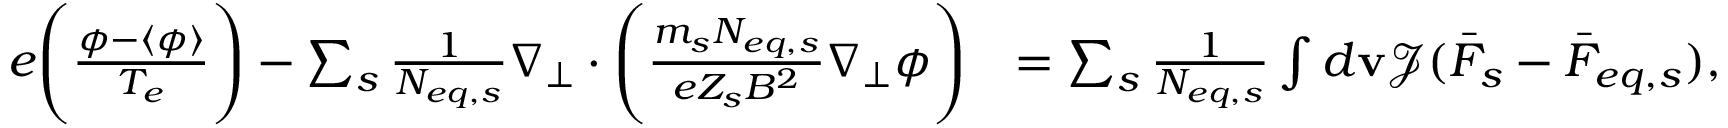
\begin{array} { r l } { e \Bigg ( \frac { \phi - \langle \phi \rangle } { T _ { e } } \Bigg ) - \sum _ { s } \frac { 1 } { N _ { e q , s } } \nabla _ { \perp } \cdot \Bigg ( \frac { m _ { s } N _ { e q , s } } { e Z _ { s } B ^ { 2 } } \nabla _ { \perp } \phi \Bigg ) } & { = \sum _ { s } \frac { 1 } { N _ { e q , s } } \int d \mathbf { v } \mathcal { J } ( \bar { F } _ { s } - \bar { F } _ { e q , s } ) , } \end{array}